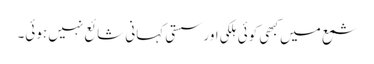
شمع میں کبھی کوئی ہلکی اور سستی کہانی شائع نہیں ہوئی۔